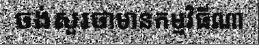
ចង់សួរថាមានកម្មវិធីណា